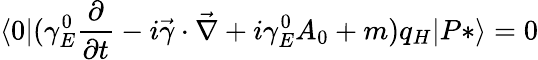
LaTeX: \langle 0|(\gamma_{E}^{0}{\frac{\partial}{\partial t}}-i\vec{\gamma}\cdot\vec{\nabla}+i\gamma_{E}^{0}A_{0}+m)q_{H}|P*\rangle=0